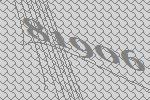
81906